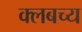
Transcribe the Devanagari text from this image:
क्लबच्य